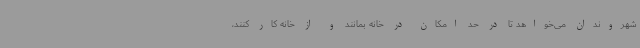
شهروندان می‌خواهد تا در حد امکان در خانه بمانند و از خانه کار کنند،